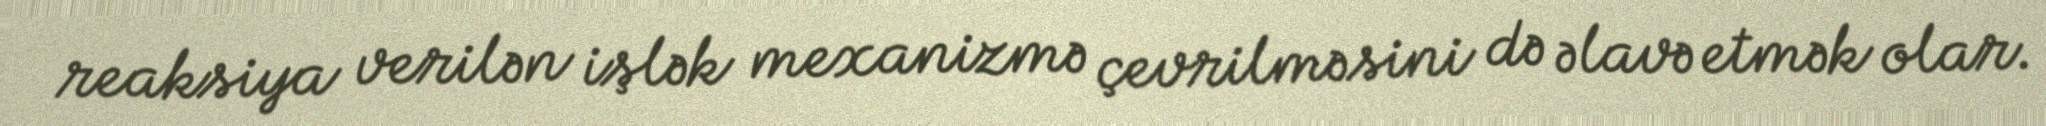
reaksiya verilən işlək mexanizmə çevrilməsini də əlavə etmək olar.